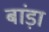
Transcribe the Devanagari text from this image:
बांड़ा